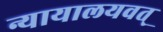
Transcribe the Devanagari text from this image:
न्यायालयवत्